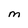
Character: M